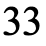
33